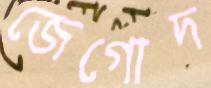
জেগোদ